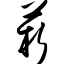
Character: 菥